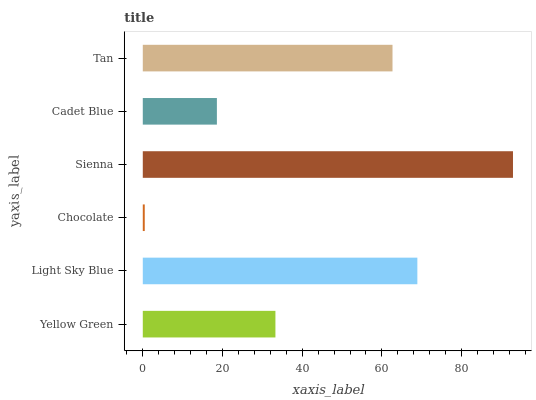
| yaxis_label | bars |
 | --- | --- |
 | Yellow Green | 33.3 |
 | Light Sky Blue | 68.9 |
 | Chocolate | 0.494 |
 | Sienna | 92.9 |
 | Cadet Blue | 18.6 |
 | Tan | 62.7 |